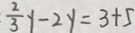
\frac { 2 } { 3 } y - 2 y = 3 + 5